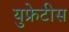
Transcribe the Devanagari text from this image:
युफ्रेटीस